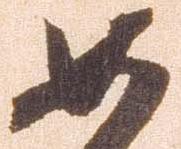
如